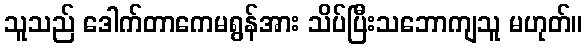
သူသည် ဒေါက်တာကေမရွန်အား သိပ်ပြီးသဘောကျသူ မဟုတ်။